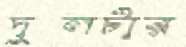
দুলটার